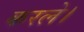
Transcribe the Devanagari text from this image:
करले।